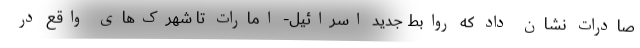
صادرات نشان داد که روابط جدید اسرائیل- امارات تا شهرک‌های واقع در